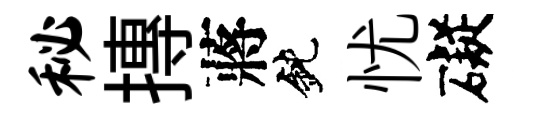
秘摶蔣鈍忧礙